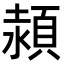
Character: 𩓊